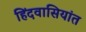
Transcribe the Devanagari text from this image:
हिंदवासियांत